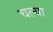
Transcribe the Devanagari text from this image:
चल्या